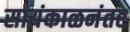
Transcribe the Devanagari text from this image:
सायंकाळनंतर